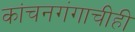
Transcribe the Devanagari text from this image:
कांचनगंगाचीही